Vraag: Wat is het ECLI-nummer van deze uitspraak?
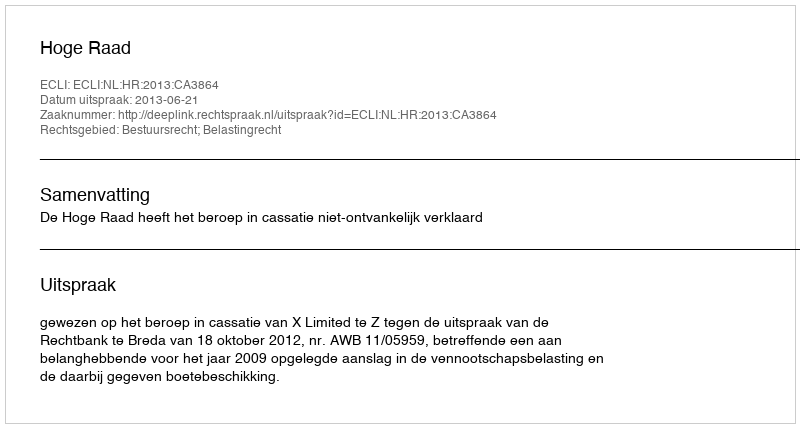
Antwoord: ECLI:NL:HR:2013:CA3864